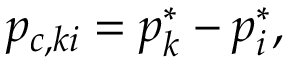
p _ { c , k i } = p _ { k } ^ { * } - p _ { i } ^ { * } ,